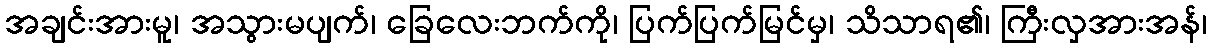
အချင်းအားမူ၊ အသွားမပျက်၊ ခြေလေးဘက်ကို၊ ပြက်ပြက်မြင်မှ၊ သိသာရ၏၊ ကြီးလှအားအန်၊